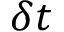
\delta t